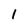
Character: 1